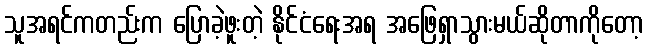
သူအရင်ကတည်းက ပြောခဲ့ဖူးတဲ့ နိုင်ငံရေးအရ အဖြေရှာသွားမယ်ဆိုတာကိုတော့